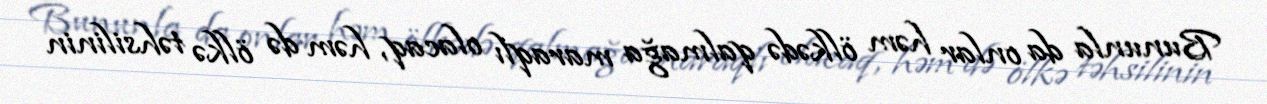
Bununla da onlar həm ölkədə qalmağa maraqlı olacaq, həm də ölkə təhsilinin